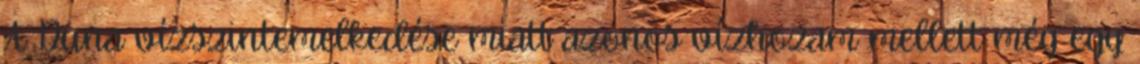
A Duna vízszintemelkedése miatt azonos vízhozam mellett még egy